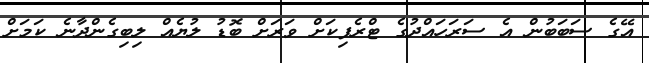
އޭގެ ސަބަބުން އެ ސަރަހައްދުގެ ޓްރެފިކަށް ވަރަށް ބޮޑު ލުޔެއް ލިބިގެންދާނެ ކަމަށް